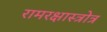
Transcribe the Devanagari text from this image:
रामरक्षास्त्रोत्र